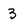
Character: 3